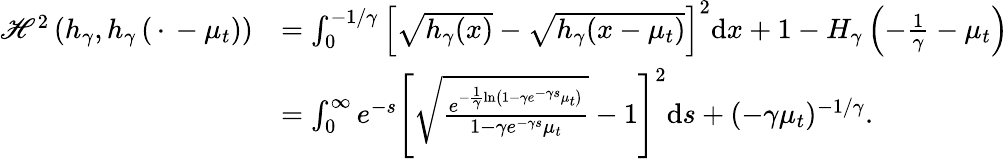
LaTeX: \begin{array}{rl}{{\mathscr{H}}^{2}\left(h_{\gamma},h_{\gamma}\left(\, \cdot\, -\mu_{t}\right)\right)}&{=\int_{0}^{-1/\gamma}\left[\sqrt{h_{\gamma}(x)}-\sqrt{h_{\gamma}(x-\mu_{t})}\right]^{2}\mathrm{d}x+1-H_{\gamma}\left(-\frac{1}{\gamma}-\mu_{t}\right)}\\ &{=\int_{0}^{\infty}e^{-s}\left[\sqrt{\frac{e^{-\frac{1}{\gamma}\ln\left(1-\gamma e^{-\gamma s}\mu_{t}\right)}}{1-\gamma e^{-\gamma s}\mu_{t}}}-1\right]^{2}\mathrm{d}s+(-\gamma\mu_{t})^{-1/\gamma}.}\end{array}